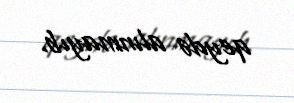
qeydə alınmayıb.